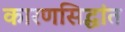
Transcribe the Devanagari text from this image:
कारणसिद्धांत